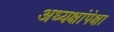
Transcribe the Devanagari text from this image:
अध्यक्षांपेक्षा